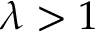
\lambda > 1